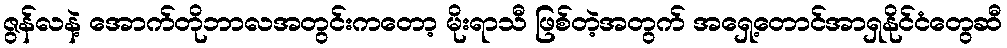
ဇွန်လနဲ့ အောက်တိုဘာလအတွင်းကတော့ မိုးရာသီ ဖြစ်တဲ့အတွက် အရှေ့တောင်အာရှနိုင်ငံတွေဆီ